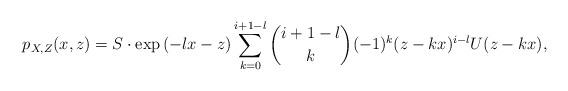
LaTeX: \begin{align*}p_{X,Z}(x,z)=S\cdot \exp\left(-lx-z\right)\sum_{k=0}^{i+1-l}\binom{i+1-l}{k}(-1)^k (z-kx)^{i-l}U(z-kx),\end{align*}